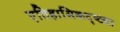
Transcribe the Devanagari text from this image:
एतिहासिकदृष्ट्या